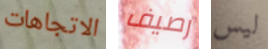
الاتجاهات رصيف ليس